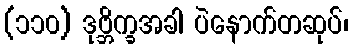
(၁၁၀) ဒုဗ္ဘိက္ခအခါ ပဲနောက်တဆုပ်၊